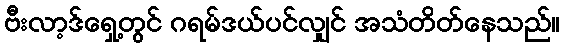
ဗီးလာ့ဒ်ရှေ့တွင် ဂရမ်ဒယ်ပင်လျှင် အသံတိတ်နေသည်။